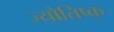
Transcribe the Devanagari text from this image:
ज्योतिष्क